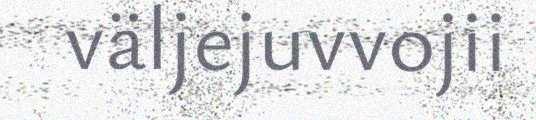
väljejuvvojii